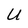
Character: U